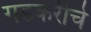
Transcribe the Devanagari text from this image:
गडकरीचे